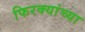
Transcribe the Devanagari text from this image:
फिरक्यांच्या